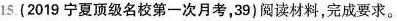
15.(2019宁夏顶级名校第一次月考，39)阅读材料，完成要求。